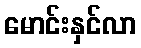
မောင်းနှင်လာ